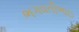
ભગવતીભાઇ